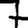
Digit: 7